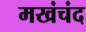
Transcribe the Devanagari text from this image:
मखंचंद